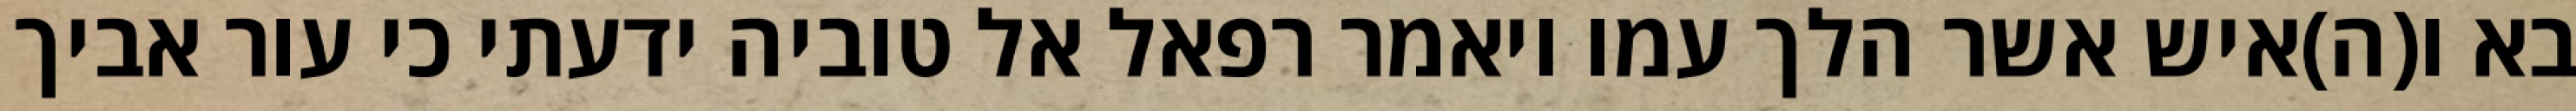
בא ו(ה)איש אשר הלך עמו ויאמר רפאל אל טוביה ידעתי כי עור אביך